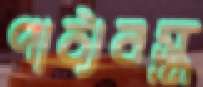
পাঠ্যবস্তু